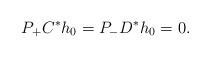
LaTeX: \begin{align*} P_+ C^* h_0 = P_- D^* h_0 = 0.\end{align*}